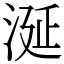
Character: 涎